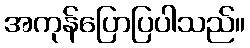
အကုန်ပြောပြပါသည်။